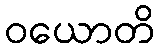
ဝယောတိ